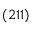
( 2 1 1 )